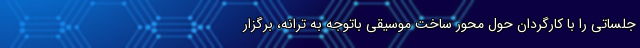
جلساتی را با کارگردان حول محور ساخت موسیقی باتوجه به ترانه، برگزار